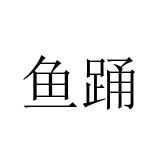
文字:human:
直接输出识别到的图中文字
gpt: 鱼踊